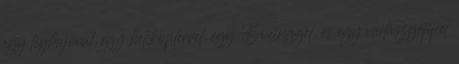
egy léghajóval, egy helikopterrel, egy Boeinggel, és egy vadászgéppel